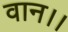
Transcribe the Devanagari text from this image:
वान।।